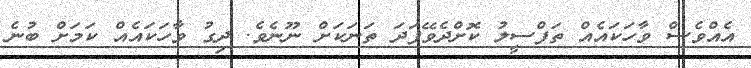
އެއްވެސް ވާހަކައެއް ތަފްސީލު ކޮށްދެވޭފަދަ ތަނަކަށް ނޫނެވެ. ދިގު ވާހަކައެއް ކަމަށް ބުނެ